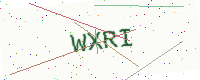
Text: WXRI